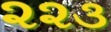
૨૨૩